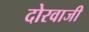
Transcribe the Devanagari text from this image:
दोरवाजी